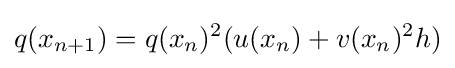
q(x_{n+1})=q(x_{n})^{2}(u(x_{n})+v(x_{n})^{2}h)